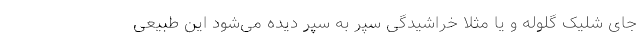
جای شلیک گلوله و یا مثلاً خراشیدگی سپر به سپر دیده می‌شود این طبیعی